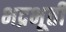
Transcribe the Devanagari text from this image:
भद्रभूती